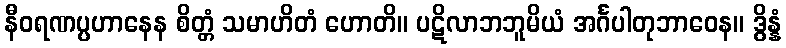
နီဝရဏပ္ပဟာနေန စိတ္တံ သမာဟိတံ ဟောတိ။ ပဋိလာဘဘူမိယံ အင်္ဂပါတုဘာဝေန။ ဒွိန္နံ